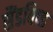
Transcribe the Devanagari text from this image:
सैंडविच्ड